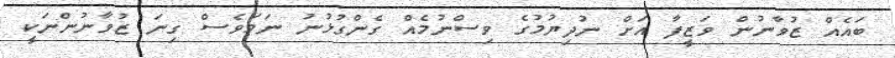
ބައެއް ޒުވާނުން ވަޒީފާ އަށް ނުދިޔުމުގެ ވިސްނުމެއް ގެންގުޅުނު ނަމަވެސް ގިނަ ޒުވާނުންނަކީ